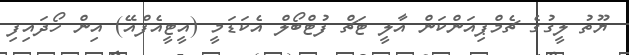
ޔޫތު ލީގުގެ ޗެމްޕިއަންކަން އާލީ ޓަޗް ފުޓްބޯލް އެކަޑަމީ (އީޓީއެފްއޭ) އިން ހޯދައިފި